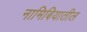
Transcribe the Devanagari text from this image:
नामिबियातील